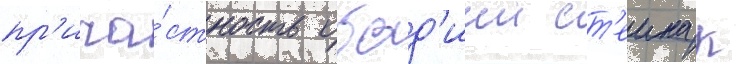
пр'ича́стность обад'иии ст'еина к